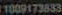
1009173833